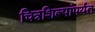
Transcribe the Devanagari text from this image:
चित्रशिल्पांपर्यंत